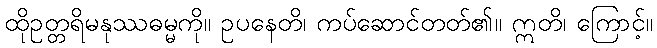
ထိုဥတ္တရိမနုဿဓမ္မကို။ ဥပနေတိ၊ ကပ်ဆောင်တတ်၏။ ဣတိ၊ ကြောင့်။